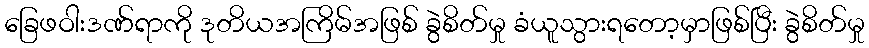
ခြေဖဝါးဒဏ်ရာကို ဒုတိယအကြိမ်အဖြစ် ခွဲစိတ်မှု ခံယူသွားရတော့မှာဖြစ်ပြီး ခွဲစိတ်မှု